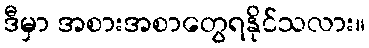
ဒီမှာ အစားအစာတွေရနိုင်သလား။